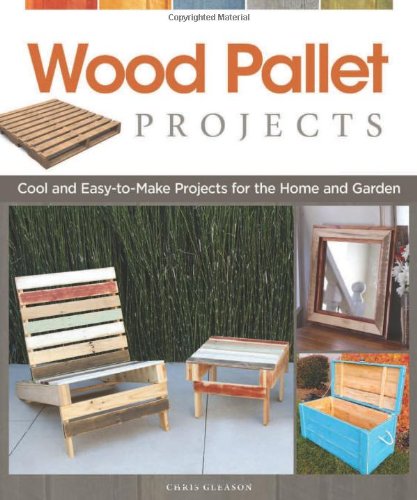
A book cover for Wood Pallet Projects: Cool and Easy-to-Make Projects for the Home and Garden; Chris Gleason; Crafts, Hobbies & Home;